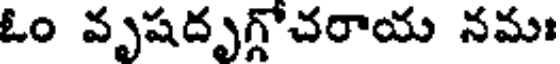
ఓం వృషదృగ్గోచరాయ నమః